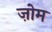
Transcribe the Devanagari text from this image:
ज़ोम